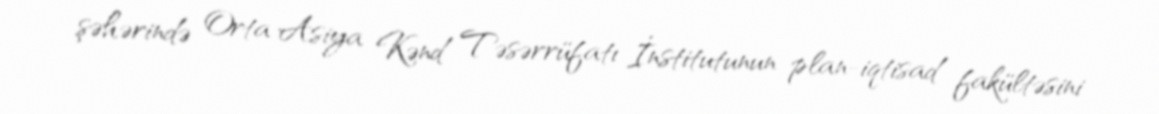
şəhərində Orta Asiya Kənd Təsərrüfatı İnstitutunun plan-iqtisad fakültəsini